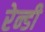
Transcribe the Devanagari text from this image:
रेन्डी